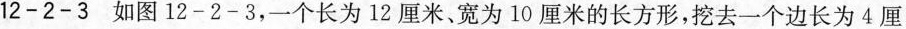
12-2-3 如图12-2-3，一个长为12厘米、宽为10厘米的长方形，挖去一个边长为4厘